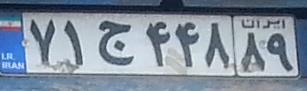
۷۱ج۴۴۸۸۹